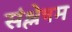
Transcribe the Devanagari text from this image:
संश्लेषम